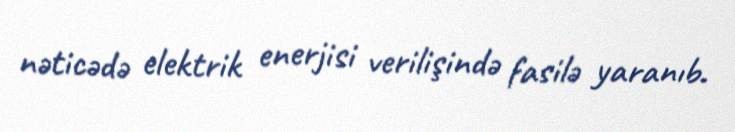
nəticədə elektrik enerjisi verilişində fasilə yaranıb.